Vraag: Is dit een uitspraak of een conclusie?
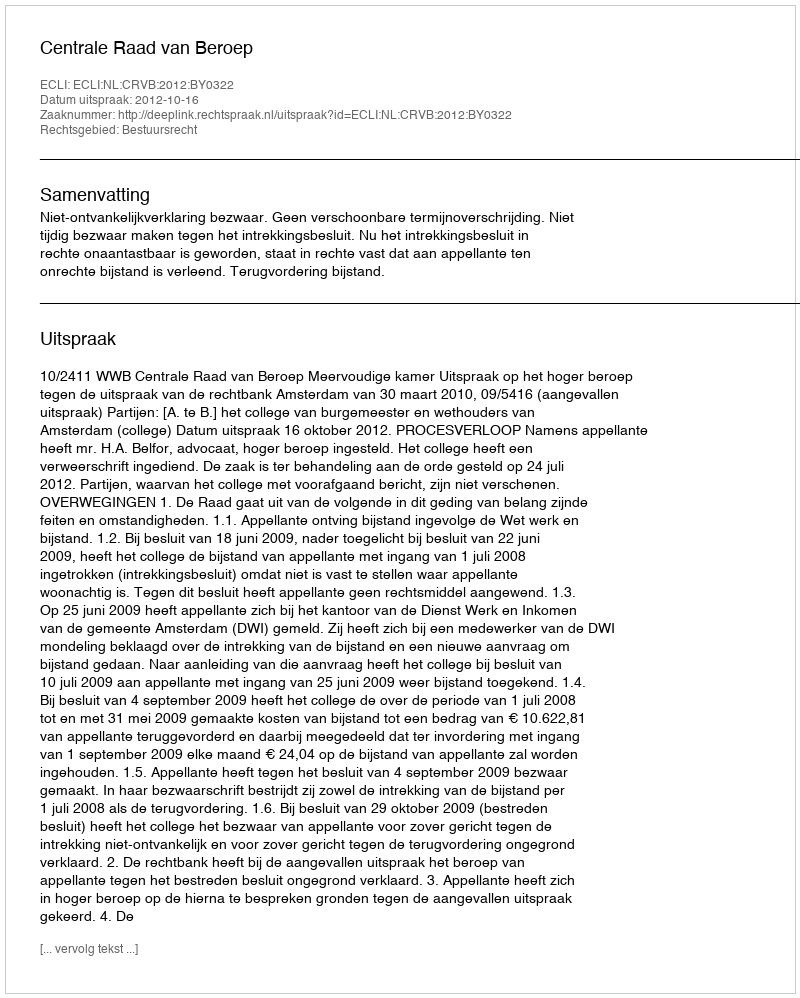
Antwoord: Uitspraak